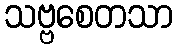
သဗ္ဗစေတသာ